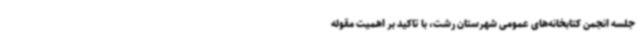
جلسه انجمن کتابخانه‌های عمومی شهرستان رشت، با تاکید بر اهمیت مقوله